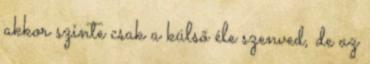
akkor szinte csak a külső éle szenved, de az